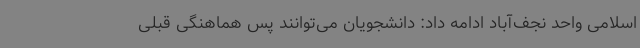
اسلامی واحد نجف‌آباد ادامه داد: دانشجویان می‌توانند پس هماهنگی قبلی